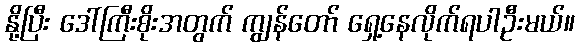
နို့ပြီး ဒေါ်ကြီးစိုးအတွက် ကျွန်တော် ရှေ့နေလိုက်ရပါဦးမယ်။